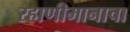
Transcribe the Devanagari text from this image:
रहाणीमानाचा